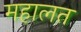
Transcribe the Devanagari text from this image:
महालत